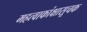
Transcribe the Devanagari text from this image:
महत्वाकांक्षासूचक